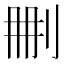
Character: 𠛹